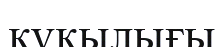
құқылығы